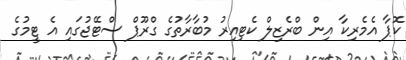
ކޮޕާ އެމެރިކާ އިން ބްރެޒިލް ކެޓިއިރު މުބާރާތުގެ ގްރޫޕް ސްޓޭޖުގައި އެ ޓީމުގެ